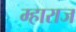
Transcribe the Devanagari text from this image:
म्हाराज